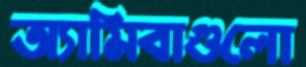
অ্যামিবাগুলো